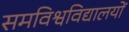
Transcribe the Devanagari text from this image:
समविश्वविद्यालयों